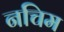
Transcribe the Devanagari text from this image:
नचिम